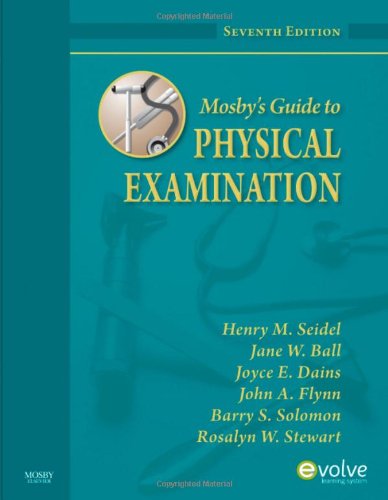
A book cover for Mosby's Guide to Physical Examination, 7th Edition; Henry M. Seidel; Medical Books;